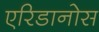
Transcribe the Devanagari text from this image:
एरिडानोस